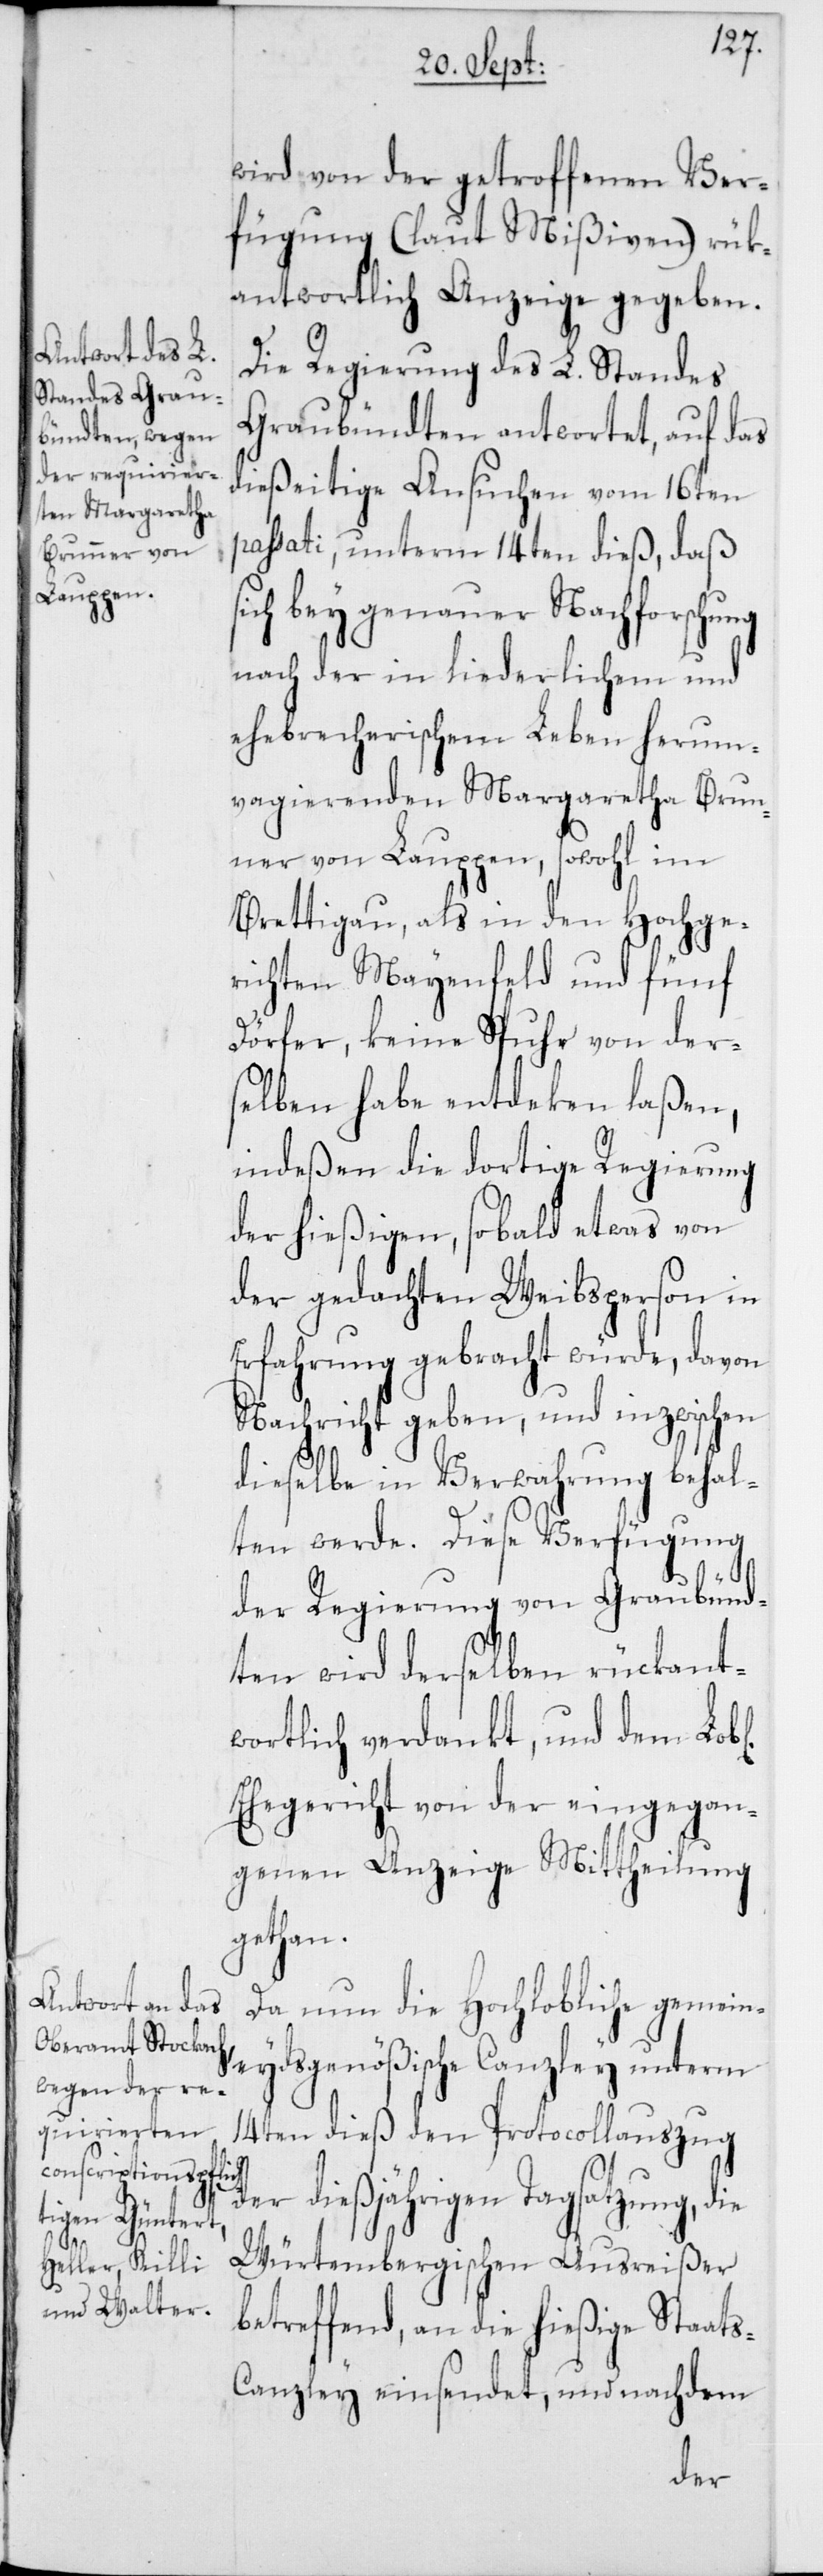
s-C¬

wird von der getroffenen Ver¬
fügung (laut Mißiven) rük¬
antwortlich Anzeige gegeben.
Die Regierung des L. Standes
Graubündten antwortet, auf das
dießeitige Ansuchen vom 16ten
passati, unterm 14ten dieß, daß
ich bey genauer Nachforschung
nach der in liederlichem und
ehebrecherischem Leben herum¬
vagierenden Margaretha Brun¬
ner von Lauppen, sowohl im
Brettigau, als in den Hochge¬
richten Mayenfeld und fünf
Dörfer, keine Spuhr von der¬
selben habe entdeken laßen,
indeßen die dortige Regierung
der hießigen, sobald etwas von
der gedachten Weibsperson in
Erfahrung gebracht würde, davon
Nachricht geben, und inzwischen
dieselbe in Verwahrung behal¬
ten werde. Diese Verfügung
der Regierung von Graubünd¬
ten wird derselben rückant¬
wortlich verdankt, und demLob[l¬
Ehegericht von der eingegan¬
genen Anzeige Mittheilung
gethan.
Da nun die Hochlobliche gemein¬
eydsgenößische Canzley unterm
14ten dieß den Protocollauszug
dießjährigen Tagsatzung, d¬
Würtembergischen Ausreißer
betreffend, an die hießige Staat¬
anzley einsendet, und nachdem
der